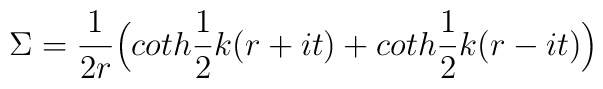
\Sigma = \frac{1}{2r}\Bigl(coth\frac{1}{2} k(r+it)  + coth\frac{1}{2}k(r-it)\Bigr)